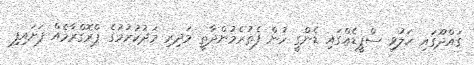
ގައްދޫގައި ހަލުވި ސްޕީޑެއްގައި ޑެންގީ ހުން ފެތުރެމުންދާތީ މަދިރި މަދުކުރުމުގެ ޕްރޮގްރާމެއް ފަށައިފި